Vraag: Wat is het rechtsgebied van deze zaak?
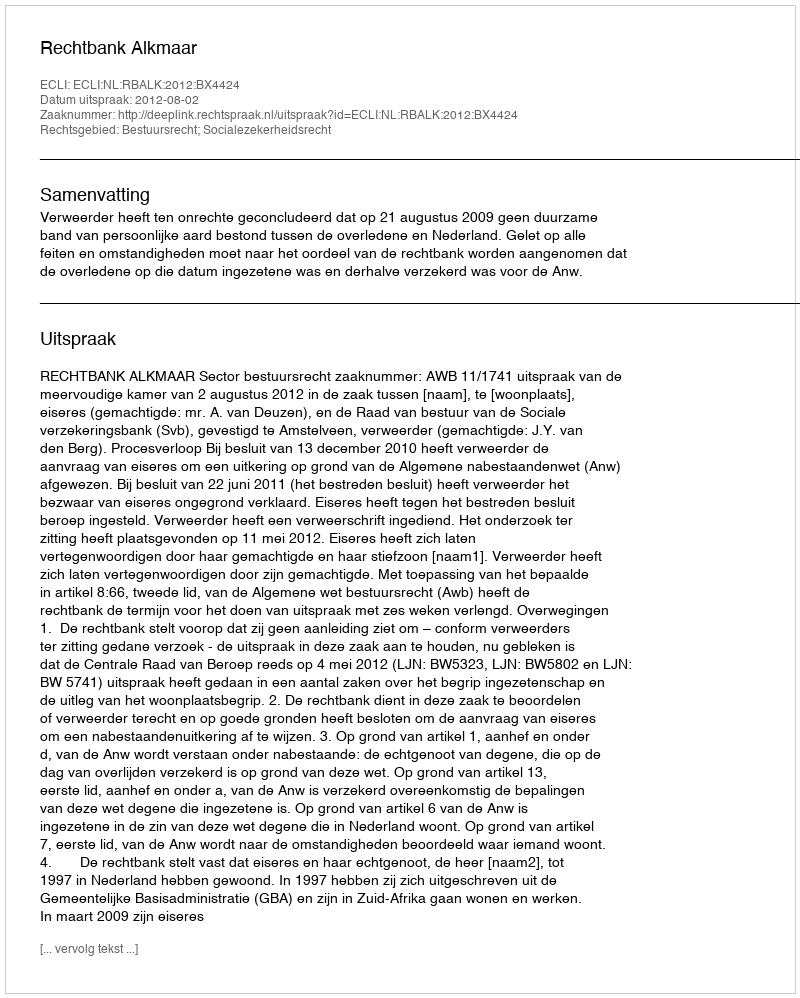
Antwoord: Bestuursrecht; Socialezekerheidsrecht